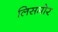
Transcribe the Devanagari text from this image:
लिसमोर